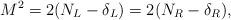
LaTeX: \begin{align*}M^2 = 2 (N_L - \delta_L) = 2 (N_R - \delta_R),\end{align*}